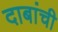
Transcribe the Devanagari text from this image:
दाबांची